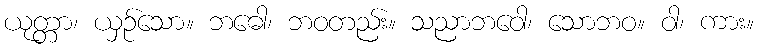
ယုတ္တာ၊ ယှဉ်သော။ ဘဓေါ၊ ဘဝတည်း။ သညာဘဝေါ၊ သောဘဝ။ ဝါ၊ ကား။